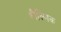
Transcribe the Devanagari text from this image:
शैक्ष्णिक